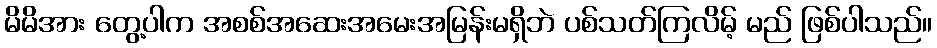
မိမိအား တွေ့ပါက အစစ်အဆေးအမေးအမြန်းမရှိဘဲ ပစ်သတ်ကြလိမ့် မည် ဖြစ်ပါသည်။